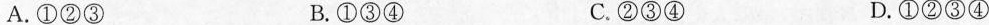
A.①②③ B.①③④ C.②③④ D.①②③④